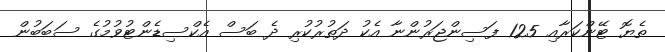
ތެޔޮ ޓޭންކަރާއި 125 ފަސިންޖަރުންނާ އެކު ދަތުރުކުރި ދެ ބަސް އެކްސިޑެންޓުވުމުގެ ސަބަބުން